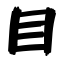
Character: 目